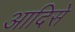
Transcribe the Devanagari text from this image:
आदिसे